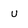
Character: u